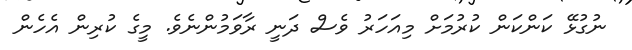
ނުގުޅޭ ކަންކަން ކުރުމަށް މިއަހަރު ވެސް ދަނީ ރާވަމުންނެވެ. މީގެ ކުރިން އެހެން